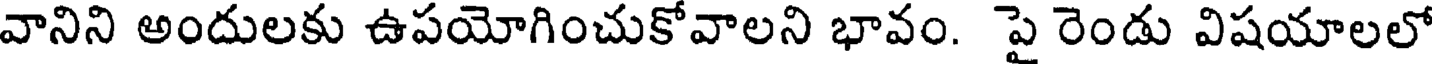
వానిని అందులకు ఉపయోగించుకోవాలని భావం. పై రెండు విషయాలలో